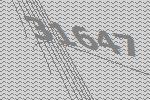
31647